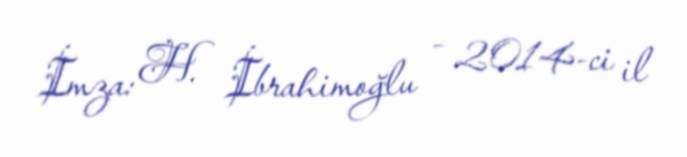
İmza: H. İbrahimoğlu - 2014-ci il